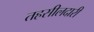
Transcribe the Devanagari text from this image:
तहसीलदारी